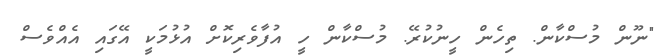
"ނޫން މުސްކާން. ތިހެން ހީނުކުރޭ. މުސްކާން ހީ އުފާވެރިކޮށް އުޅުމަކީ އޭގައި އެއްވެސް